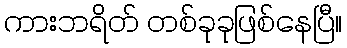
ကားဘရိတ် တစ်ခုခုဖြစ်နေပြီ။